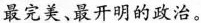
最完美、最开明的政治。